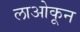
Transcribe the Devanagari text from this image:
लाओकून